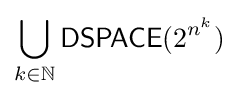
\bigcup _{k\in \mathbb {N} }{\mathsf {DSPACE}}(2^{n^{k}})